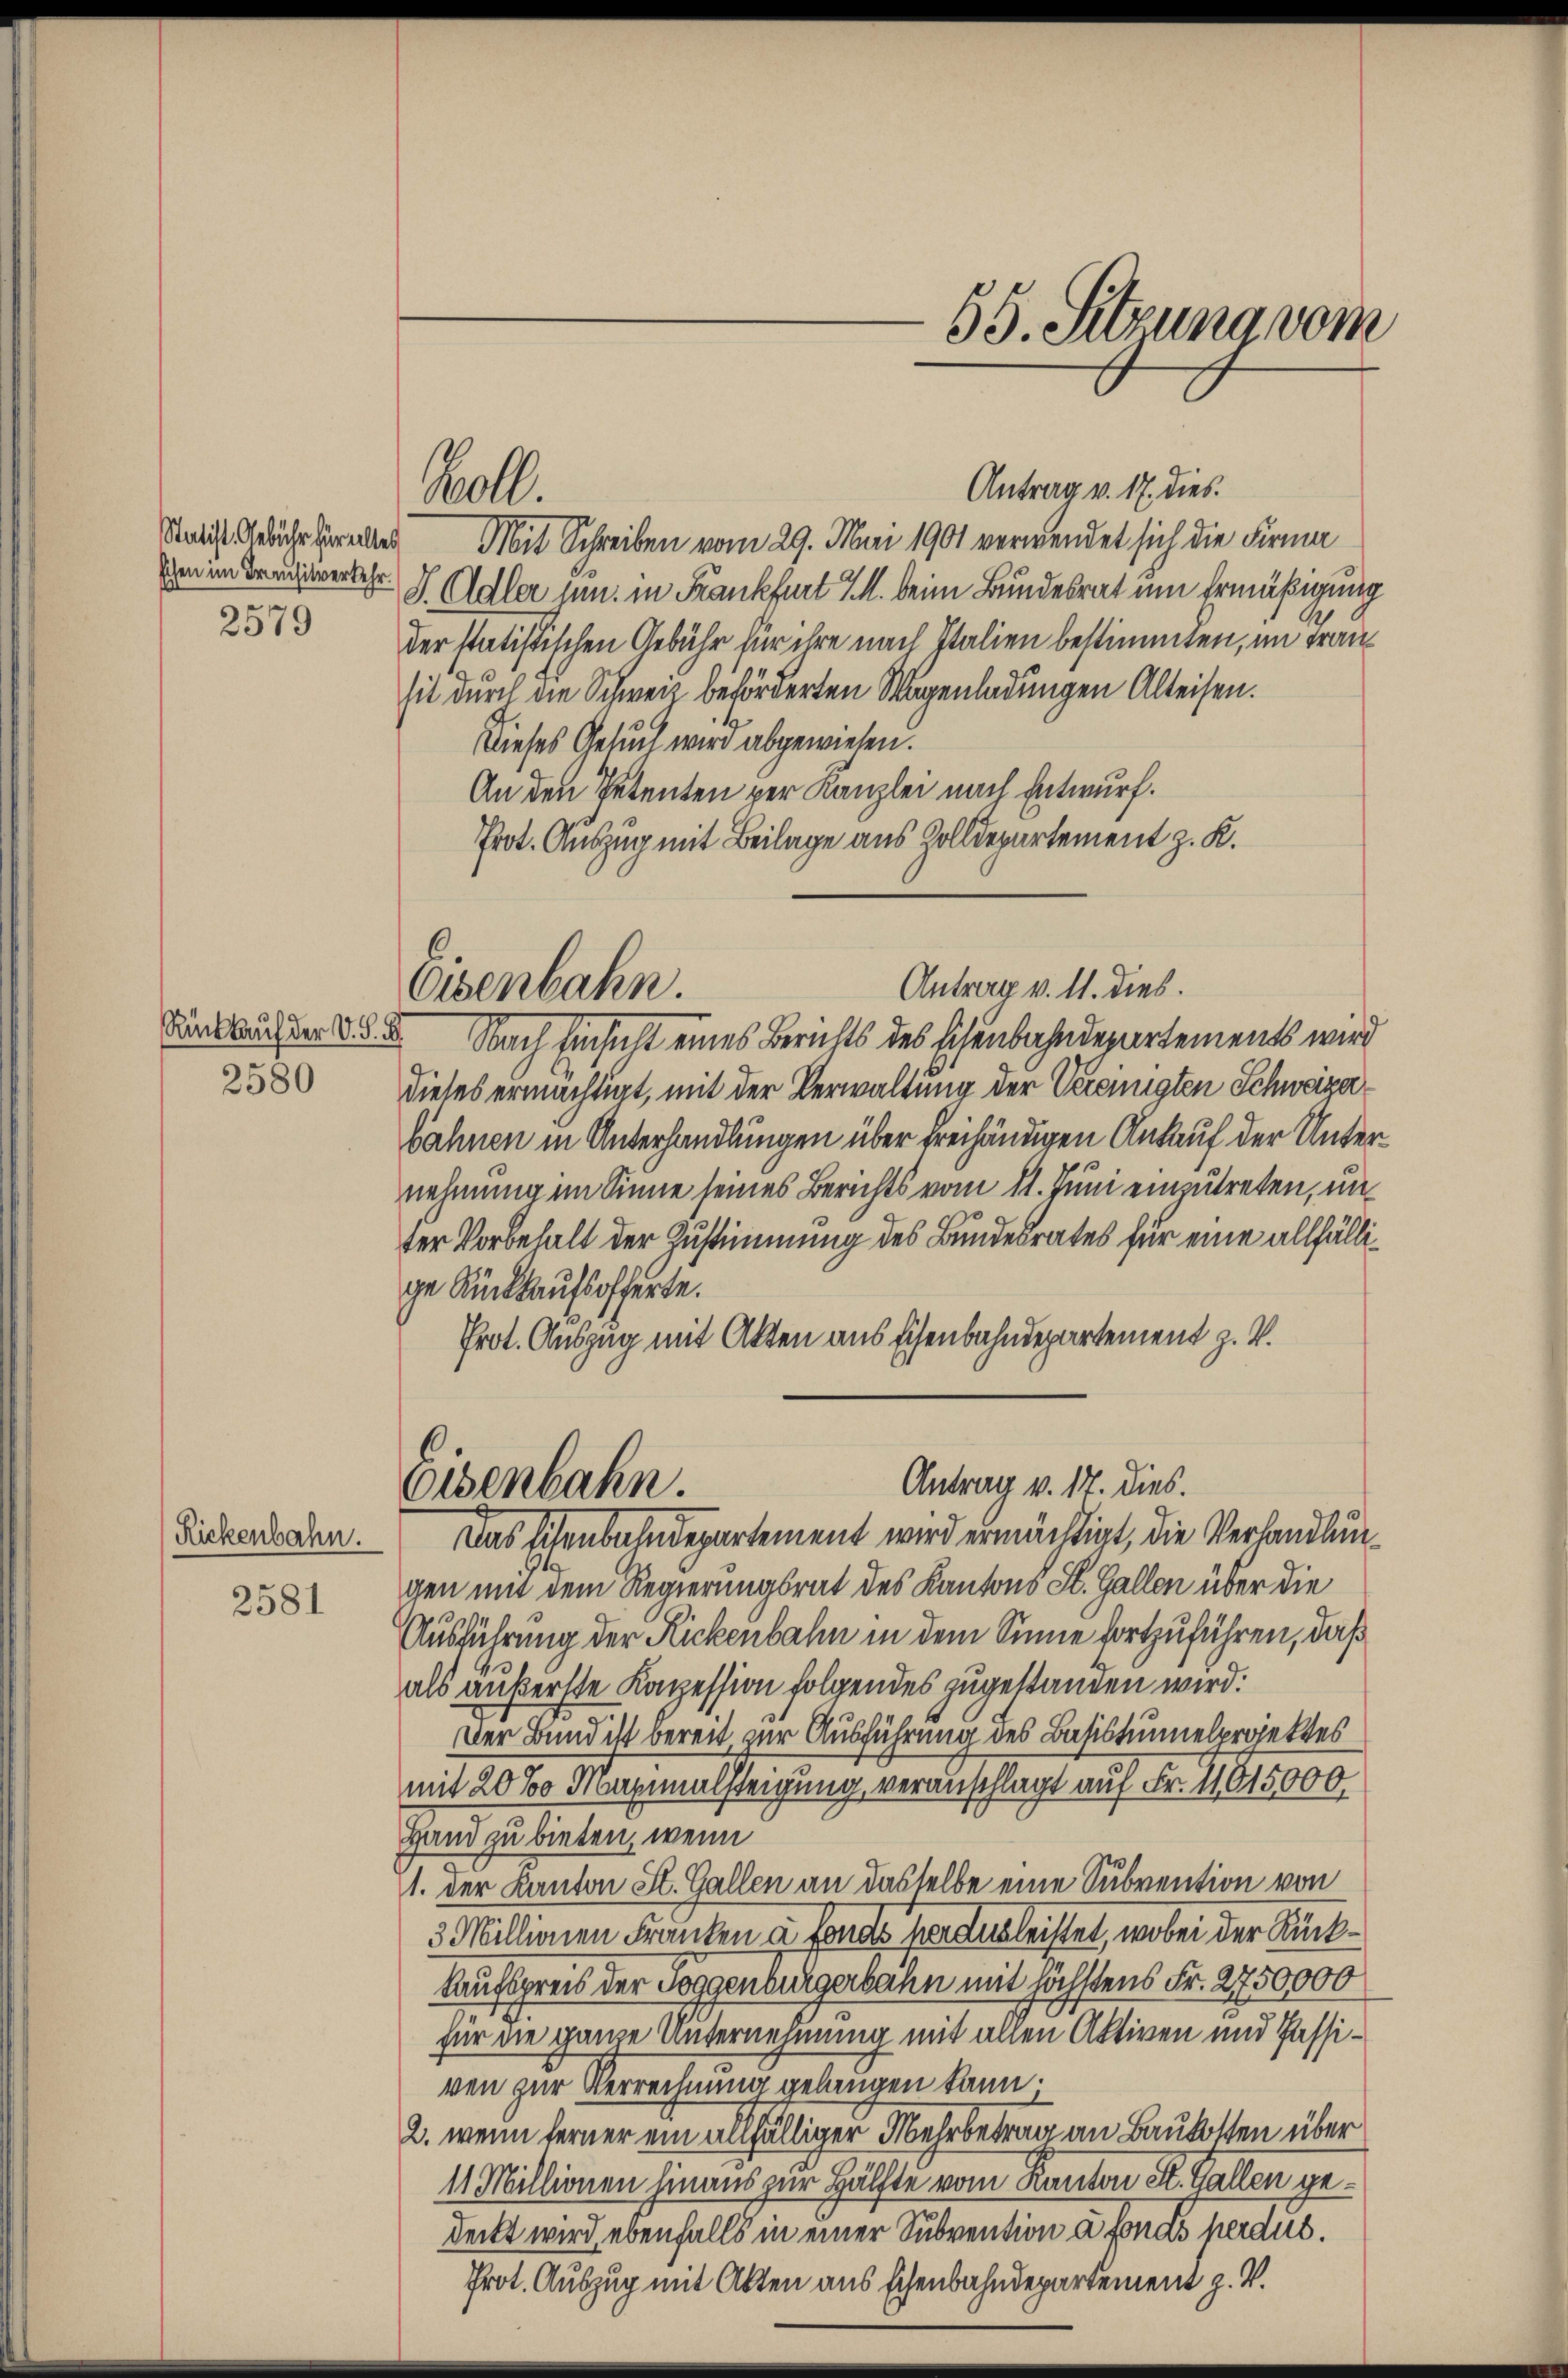
schen im Trausitverkehr.

2579

2580

Rickenbahn.

2581

Antrag v. 17. dies
Satis Ahren Mit Schreiben vom 29. Mai 1901 verwendet sich die Firma
S. Adler jun. in Frankfurt d. M. beim Bundesrat um Ermäßigung
der statistischen Gebühr für ihre nach Italien bestimmten, im Fran
sit durch die Schweiz beförderten Wagenladungen Alteisen.
Dieses Gesuch wird abgewiesen.
An den Petenten per Kanzlei nach Entwurf.
Prot. Auszug mit Beilage aus Zolldepartement z. K.
Kandleuchter l. Nach Einsicht eines Berichts des Eisenbahndepartements wird
dieses ermächtigt, mit der Verwaltung der Vereinigten Schweizerbahnen in Unterhandlungen über dreihändigen Ankauf der Unternehmung im Sinne seines Berichts vom 11. Juni einzutreten, unter Vorbehalt der Zustimmung des Bundesrates für eine allfällige Rückkaufsofferte.
Prot. Auszug mit Akten aus Eisenbahndepartement z. B.
Antrag v. 17. dies.
Eisenbahn.
Das Eisenbahndepartement wird ermächtigt, die Verhandlungen mit dem Regierungsrat des Kantons St. Gallen über die
Ausführung der Rickenbahn in dem Sinne fortzuführen, daß
als äußerste Konzession folgendes zugestanden wird.
Der Bund ist bereit, zur Ausführung des Basistunnelprojektes
mit 20 % Maximalsteigung veranschlagt auf Fr. 11615,000.
Hand zu bieten, wenn
1. der Kanton St. Gallen an dasselbe eine Subvention von
3 Millionen Franken u. Fonds herausleistet, wobei der Rück¬
Kaufspreis der Toggenbürgerbahn mit höchstens Fr. 2750000
für die ganze Unternehmung mit allen Aktiven und Passiven zur Verrechnung gelangen kann.
2., wenn ferner ein allfälliger Mehrbetrag an Baukosten über
11 Millionen hinaus zur Hälfte vom Kanton St. Gallen gedeckt wird, ebenfalls in einer Subvention à fonas herdus.
Prot. Auszug mit Akten aus schenbahndepartement z. V.

Bett.

Eisenbahn.

55. Sitzung vom

Antrag v. 11. dies